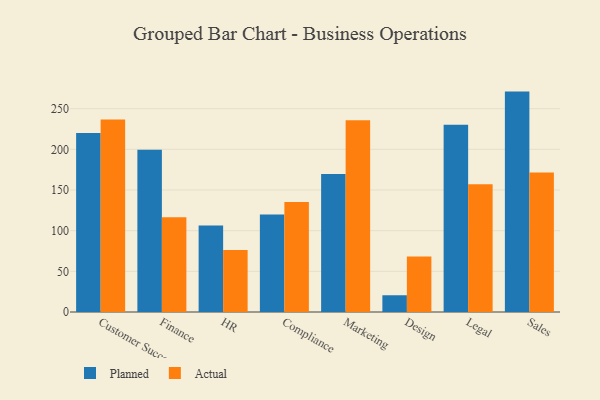
{"axis": {"x": "Department", "y": "Active Users"}, "legend": ["Actual", "Planned"], "data": [{"x": "Customer Success", "y": 220.2, "type": "Planned"}, {"x": "Customer Success", "y": 236.6, "type": "Actual"}, {"x": "Finance", "y": 199.6, "type": "Planned"}, {"x": "Finance", "y": 116.6, "type": "Actual"}, {"x": "HR", "y": 106.5, "type": "Planned"}, {"x": "HR", "y": 76.3, "type": "Actual"}, {"x": "Compliance", "y": 119.8, "type": "Planned"}, {"x": "Compliance", "y": 135.4, "type": "Actual"}, {"x": "Marketing", "y": 169.6, "type": "Planned"}, {"x": "Marketing", "y": 235.7, "type": "Actual"}, {"x": "Design", "y": 20.6, "type": "Planned"}, {"x": "Design", "y": 68.3, "type": "Actual"}, {"x": "Legal", "y": 230.2, "type": "Planned"}, {"x": "Legal", "y": 157.0, "type": "Actual"}, {"x": "Sales", "y": 271.0, "type": "Planned"}, {"x": "Sales", "y": 171.4, "type": "Actual"}]}